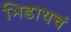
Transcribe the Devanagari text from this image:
भिडायचं